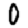
Digit: 0